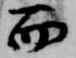
而